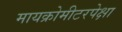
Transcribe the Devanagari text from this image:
मायक्रोमीटरपेक्षा